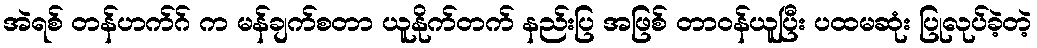
အဲရစ် တန်ဟက်ဂ် က မန်ချက်စတာ ယူနိုက်တက် နည်းပြ အဖြစ် တာဝန်ယူပြီး ပထမဆုံး ပြုလုပ်ခဲ့တဲ့